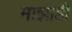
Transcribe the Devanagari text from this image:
माझाही